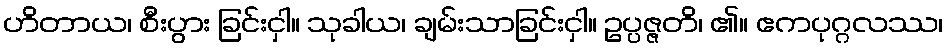
ဟိတာယ၊ စီးပွား ခြင်းငှါ။ သုခါယ၊ ချမ်းသာခြင်းငှါ။ ဥပ္ပဇ္ဇတိ၊ ၏။ ဧကပုဂ္ဂလဿ၊